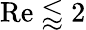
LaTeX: \mathrm{Re}\lessapprox 2